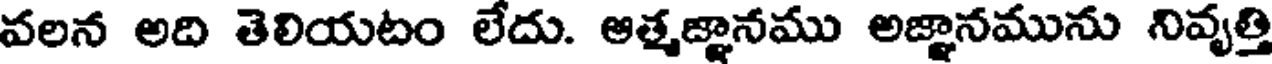
వలన అది తెలియటం లేదు. ఆత్మజ్ఞానము అజ్ఞానమును నివృత్తి